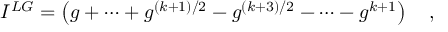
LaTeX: { \cal I } ^ { L G } = \left( g + \cdots + g ^ { ( k + 1 ) / 2 } - g ^ { ( k + 3 ) / 2 } - \cdots - g ^ { k + 1 } \right) \quad ,